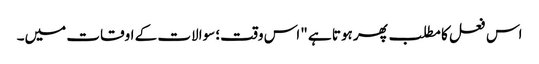
اس فعل کا مطلب پھر ہوتا ہے "اس وقت؛ سوالات کے اوقات میں۔